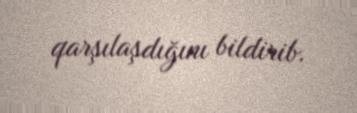
qarşılaşdığını bildirib.